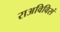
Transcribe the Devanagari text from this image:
राअविविसं